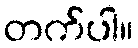
တက်ပါ။